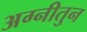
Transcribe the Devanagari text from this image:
अग्नीतुन